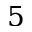
5